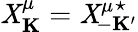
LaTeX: \mathit{X}_{\mathbf{K}}^{\mu}={\mathit{X}^{\mu}}_{\! \! \! \! -{\mathbf{K}}^{\prime}}^{\star}